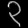
Digit: ၃